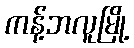
ကန့်ဘလူမြို့